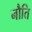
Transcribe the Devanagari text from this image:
नौति